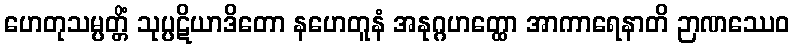
ဟေတုသမ္ပတ္တိံ သုပ္ပဋိယာဒိတော နဟေတူနံ အနုဂ္ဂဟတ္ထော အာကာရေနာတိ ဉာဏဿေဝ